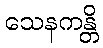
သေနကန္တိ